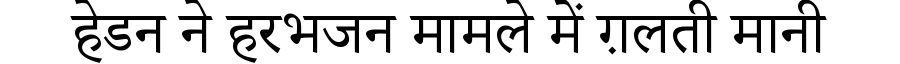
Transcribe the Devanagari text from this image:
हेडन ने हरभजन मामले में ग़लती मानी